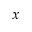
x